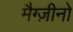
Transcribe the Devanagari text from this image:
मैग्ज़ीनो